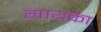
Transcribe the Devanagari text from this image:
गायका